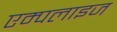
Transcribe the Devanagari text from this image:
एम्पलाइज